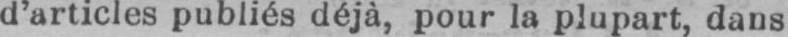
d’articles publiés déjà, pour la plupart, dans